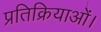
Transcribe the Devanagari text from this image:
प्रतिक्रियाओं।